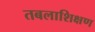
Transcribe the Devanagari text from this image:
तबलाशिक्षण